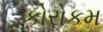
કોરોકમ